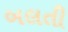
બલતી